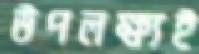
উপলক্ষ্যই